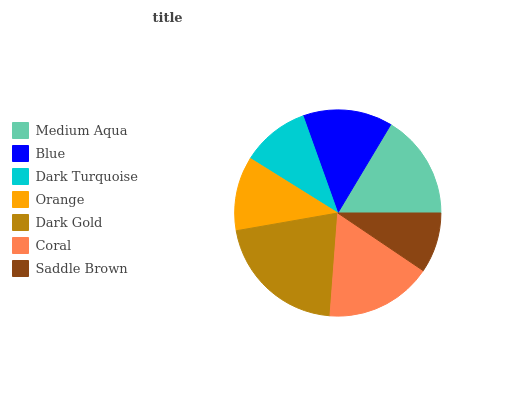
| Medium Aqua | Blue | Dark Turquoise | Orange | Dark Gold | Coral | Saddle Brown |
 | --- | --- | --- | --- | --- | --- | --- |
 | 16.4% | 14.1% | 10.7% | 11.6% | 21% | 16.7% | 9.46% |